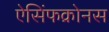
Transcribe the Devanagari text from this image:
ऐसिंफक्रोनस